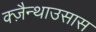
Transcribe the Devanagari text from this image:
क्ज़ैन्थाउसास